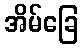
အိမ်ခြေ